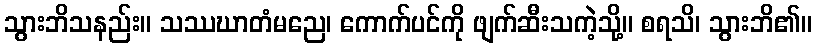
သွားဘိသနည်း။ သဿဃာတံမညေ၊ ကောက်ပင်ကို ဖျက်ဆီးသကဲ့သို့။ စရသိ၊ သွားဘိ၏။